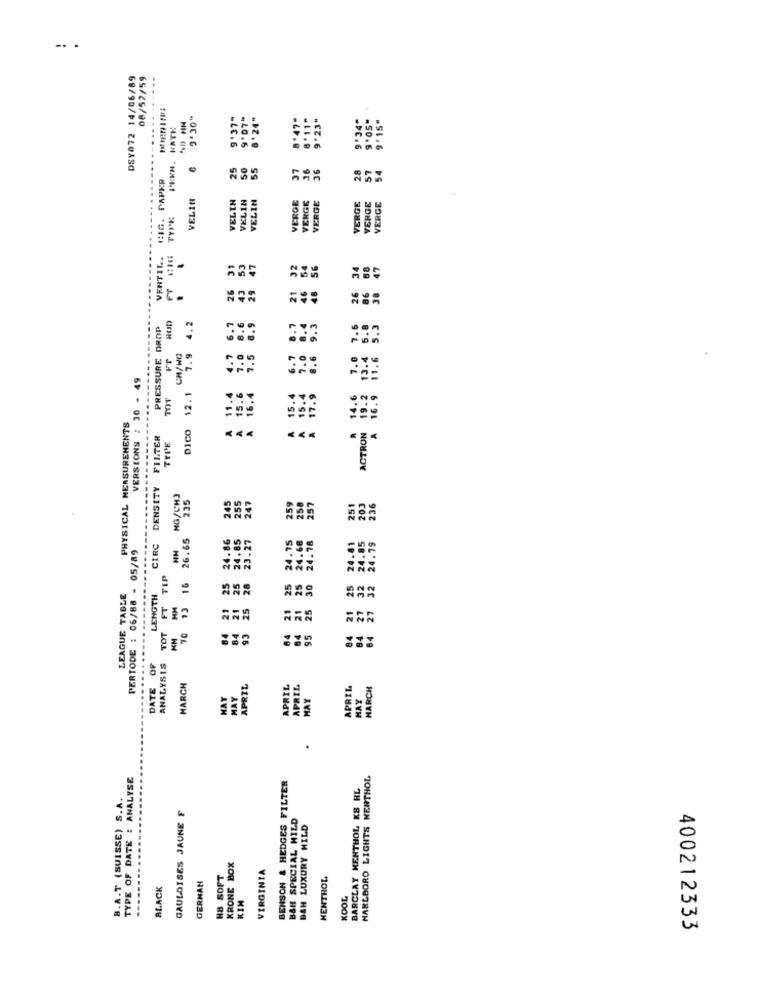
.. .
DSY072 14/06/89
08/52/59
...
50 NM
9'37"
9'07"
8 '24"
9'05*
HATK
9'34"
25
50
55
37
36
36
28
54
CIG. PAPKR
VELIN
VELIN
VELIN
VELIN
VERGE
VERGE
VERGE
VERGE
VERGE
TYPK
VENTIL.
31
47
-
FT
26
6- 7
Â 15.6 7.0 8.6
PRESSURE DROP
7.9
FT
CH/WG
VERSIONS : 30 - 49
12.1
DICO 12.1
CE
PHYSICAL MEASUREMENTS
FILTER
TYPE
« «.
DENSITY
NG/CH3
235
245
255
247
250
257
251
203
236
26.65
24.86
24.85
23.27
24.75
24.78
85
CIRC
24.60
.79
PERTODE : 06/88 - 05/89
24
24
TIP
25
21 25
28
25
25
30
25
32
LEAGUE TABLE
LENGTH
FT
MM
13
21
25
21
21
21
TOT
84
KM
70
84
84
84
DATE OF
ANALYSIS
MARCH
APRIL
APRIL
APRIL
APRIL
HARCH
HAY
MAY
MAY
MAY
.
TYPE OF DATE : ANALYSE
BENSON & HEDGES FILTER
MARLBORO LIGHTS MENTHOL
BARCLAY MENTHOL KB RL
B.A.T (SUISSE) S.A.
GAULOISES JAUNE F
BAH SPECIAL HILD
BSH LUXURY HILD
KRONE BOX
VIRGINIA
HB SOFT
MENTHOL
BLACK
GERMAN
KIM
KOOL
400212333